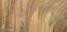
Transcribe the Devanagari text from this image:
बीजांडकोषातून